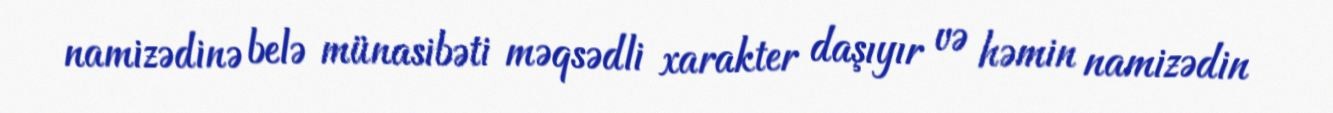
namizədinə belə münasibəti məqsədli xarakter daşıyır və həmin namizədin